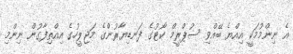
އެ ނިންމުމަކީ އިއްޔެ ބޭއްވި ސުޕްރީމް ކޯޓުގެ ފަނޑިޔާރުންގެ މަޖިލީހުގެ އިއްތިފާގުން ނިންމި